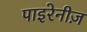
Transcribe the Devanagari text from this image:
पाइरेनीज़